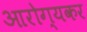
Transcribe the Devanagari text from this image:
आरोग्यकर